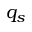
q _ { s }